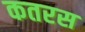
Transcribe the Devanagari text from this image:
कतरस